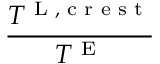
\frac { T ^ { \textnormal { L } , \textnormal { c r e s t } } } { T ^ { \textnormal { E } } }